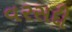
વરસદી